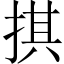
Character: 掑